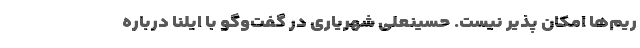
ریم‌ها امکان پذیر نیست. حسینعلی شهریاری در گفت‌وگو با ایلنا درباره